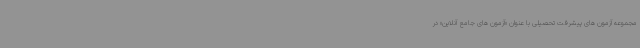
مجموعه آزمون های پیشرفت تحصیلی با عنوان «آزمون های جامع آنلاین» در